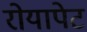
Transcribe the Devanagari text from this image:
रोयापेट